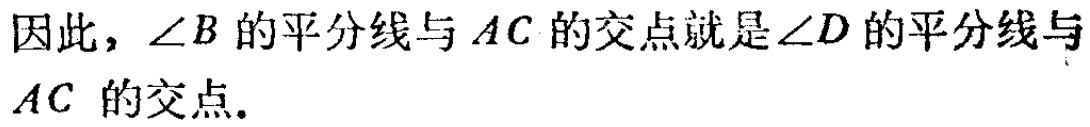
因此，\(\angle B\)的平分线与 \(AC\) 的交点就是\(\angle D\)的平分线与 \(AC\) 的交点.